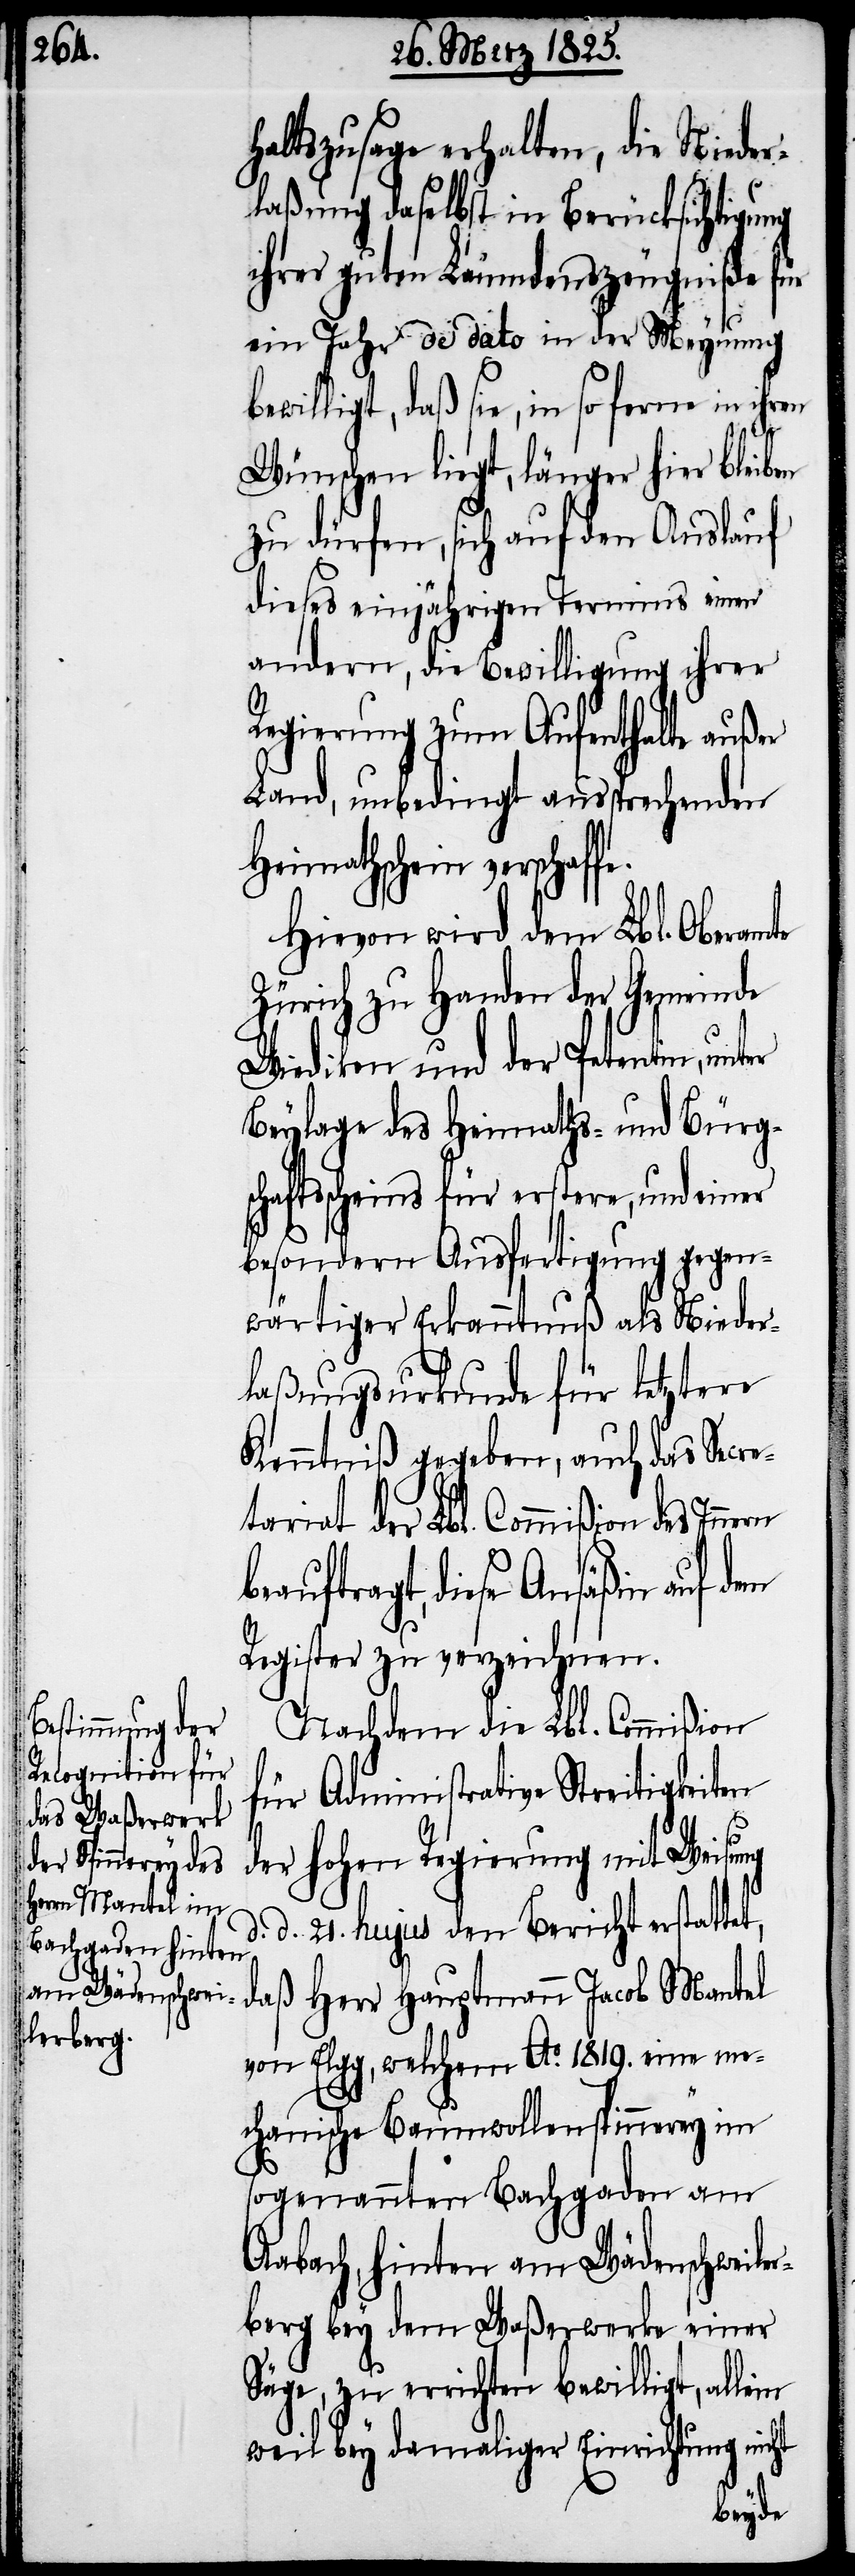
fe.

haltszusage erhalten, die Nieder¬
laßung daselbst in Berücksichtigung
ihrer guten Läumdenszeugniße für
ein Jahr de dato in der Meynung
bewilligt, daß sie, in so ferne in ihren
Wünschen liegt, länger hier bleiben
zu dürfen, sich auf den Auslauf
dieses einjährigen Termins einen
andern, die Bewilligung ihrer
Regierung zum Aufenthalte außer
Land, unbedingt aussprechenden
Heimathschein verschaf¬
Hievon wird dem Lbl. Oberamte
Zürich zu Handen der Gemeinde
Wiedikon und der Petentin, unter
Beylage des Heimaths- und Bürgs¬
chaftsscheins für erstere, und einer
besondern Ausfertigung gegen¬
wärtiger Erkanntnuß als Nieder¬
laßungsurkunde für letztere
Kenntniß gegeben, auch das Secre¬
tariat der Lbl. Commißion des Innern
beauftragt, diese Ansäßin auf dem
Register zu verzeichnen.
Nachdem die Lbl. Commißion
für Administrative Streitigkeiten
der hohen Regierung mit Weisung
d. 21. hujus den Bericht erstattet,
daß Herr Hauptmann Jacob Mantel
von Elgg, welchem Ao. 1819. eine me¬
chanische Baumwollenspinnerey im
sogenannten Bachgaden am
Aabach, hinten am Wädenschweile¬
rberg bey dem Waßerwerke einer
Säge, zu errichten bewilligt,
weil bey damaliger Einrichtung nicht